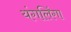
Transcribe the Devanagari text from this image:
यंगलिंगा